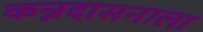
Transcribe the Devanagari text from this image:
कन्नदासनाला